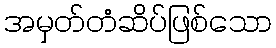
အမှတ်တံဆိပ်ဖြစ်သော